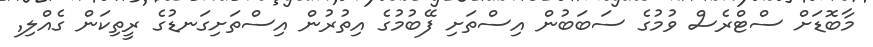
މާބޮޑަށް ސްޓްރެސް ވުމުގެ ސަބަބުން އިސްތަށި ފޭބުމުގެ އިތުރުން އިސްތަށިގަނޑުގެ ރީތިކަން ގެއްލި